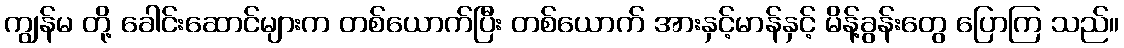
ကျွန်မ တို့ ခေါင်းဆောင်များက တစ်ယောက်ပြီး တစ်ယောက် အားနှင့်မာန်နှင့် မိန့်ခွန်းတွေ ပြောကြ သည်။